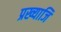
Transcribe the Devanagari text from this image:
प्रख्याजि